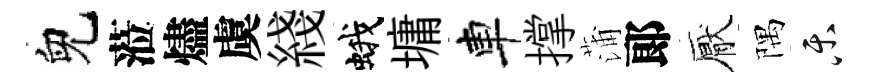
兒蒞燼虞綫蛾墉車撑蒲郞厭隅乐